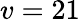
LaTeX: v=21